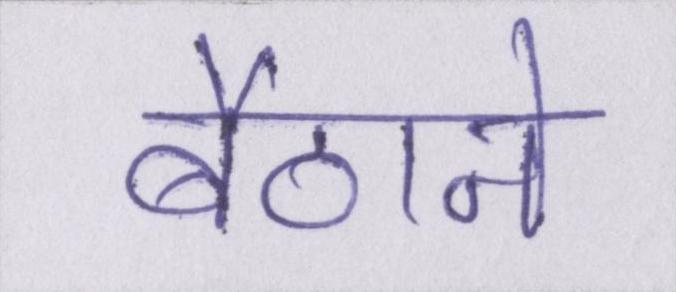
बैठाने